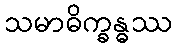
သမာဓိက္ခန္ဓဿ